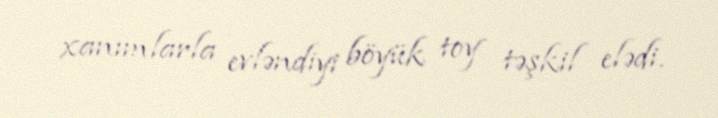
xanımlarla evləndiyi böyük toy təşkil elədi.